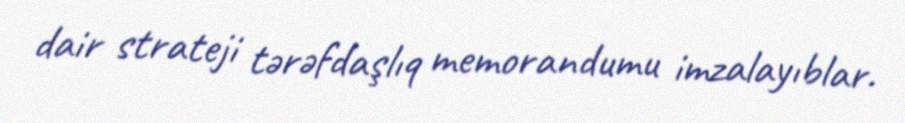
dair strateji tərəfdaşlıq memorandumu imzalayıblar.